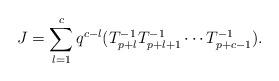
LaTeX: \begin{align*}J=\sum_{l=1}^{c}q^{c-l}(T_{p+l}^{-1}T_{p+l+1}^{-1} \cdots T_{p+c-1}^{-1}). \end{align*}